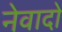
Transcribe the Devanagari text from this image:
नेवादो